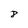
Character: 8